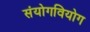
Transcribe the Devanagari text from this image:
संयोगवियोग